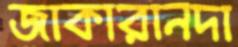
জাকারানদা